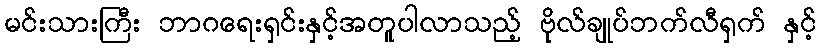
မင်းသားကြီး ဘာဂရေးရှင်းနှင့်အတူပါလာသည့် ဗိုလ်ချုပ်ဘက်လီရှက် နှင့်